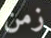
زمن